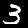
Label: 3